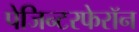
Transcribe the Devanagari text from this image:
पेजिन्टरफेरॉन